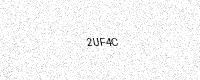
Text: 2UF4C